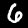
Digit: 6